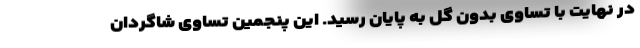
در نهایت با تساوی بدون گل به پایان رسید. این پنجمین تساوی شاگردان